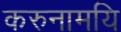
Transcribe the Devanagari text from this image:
करुनामयि